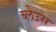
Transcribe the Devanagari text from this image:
ब्लेउस